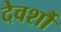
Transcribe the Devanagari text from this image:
देवर्शौ